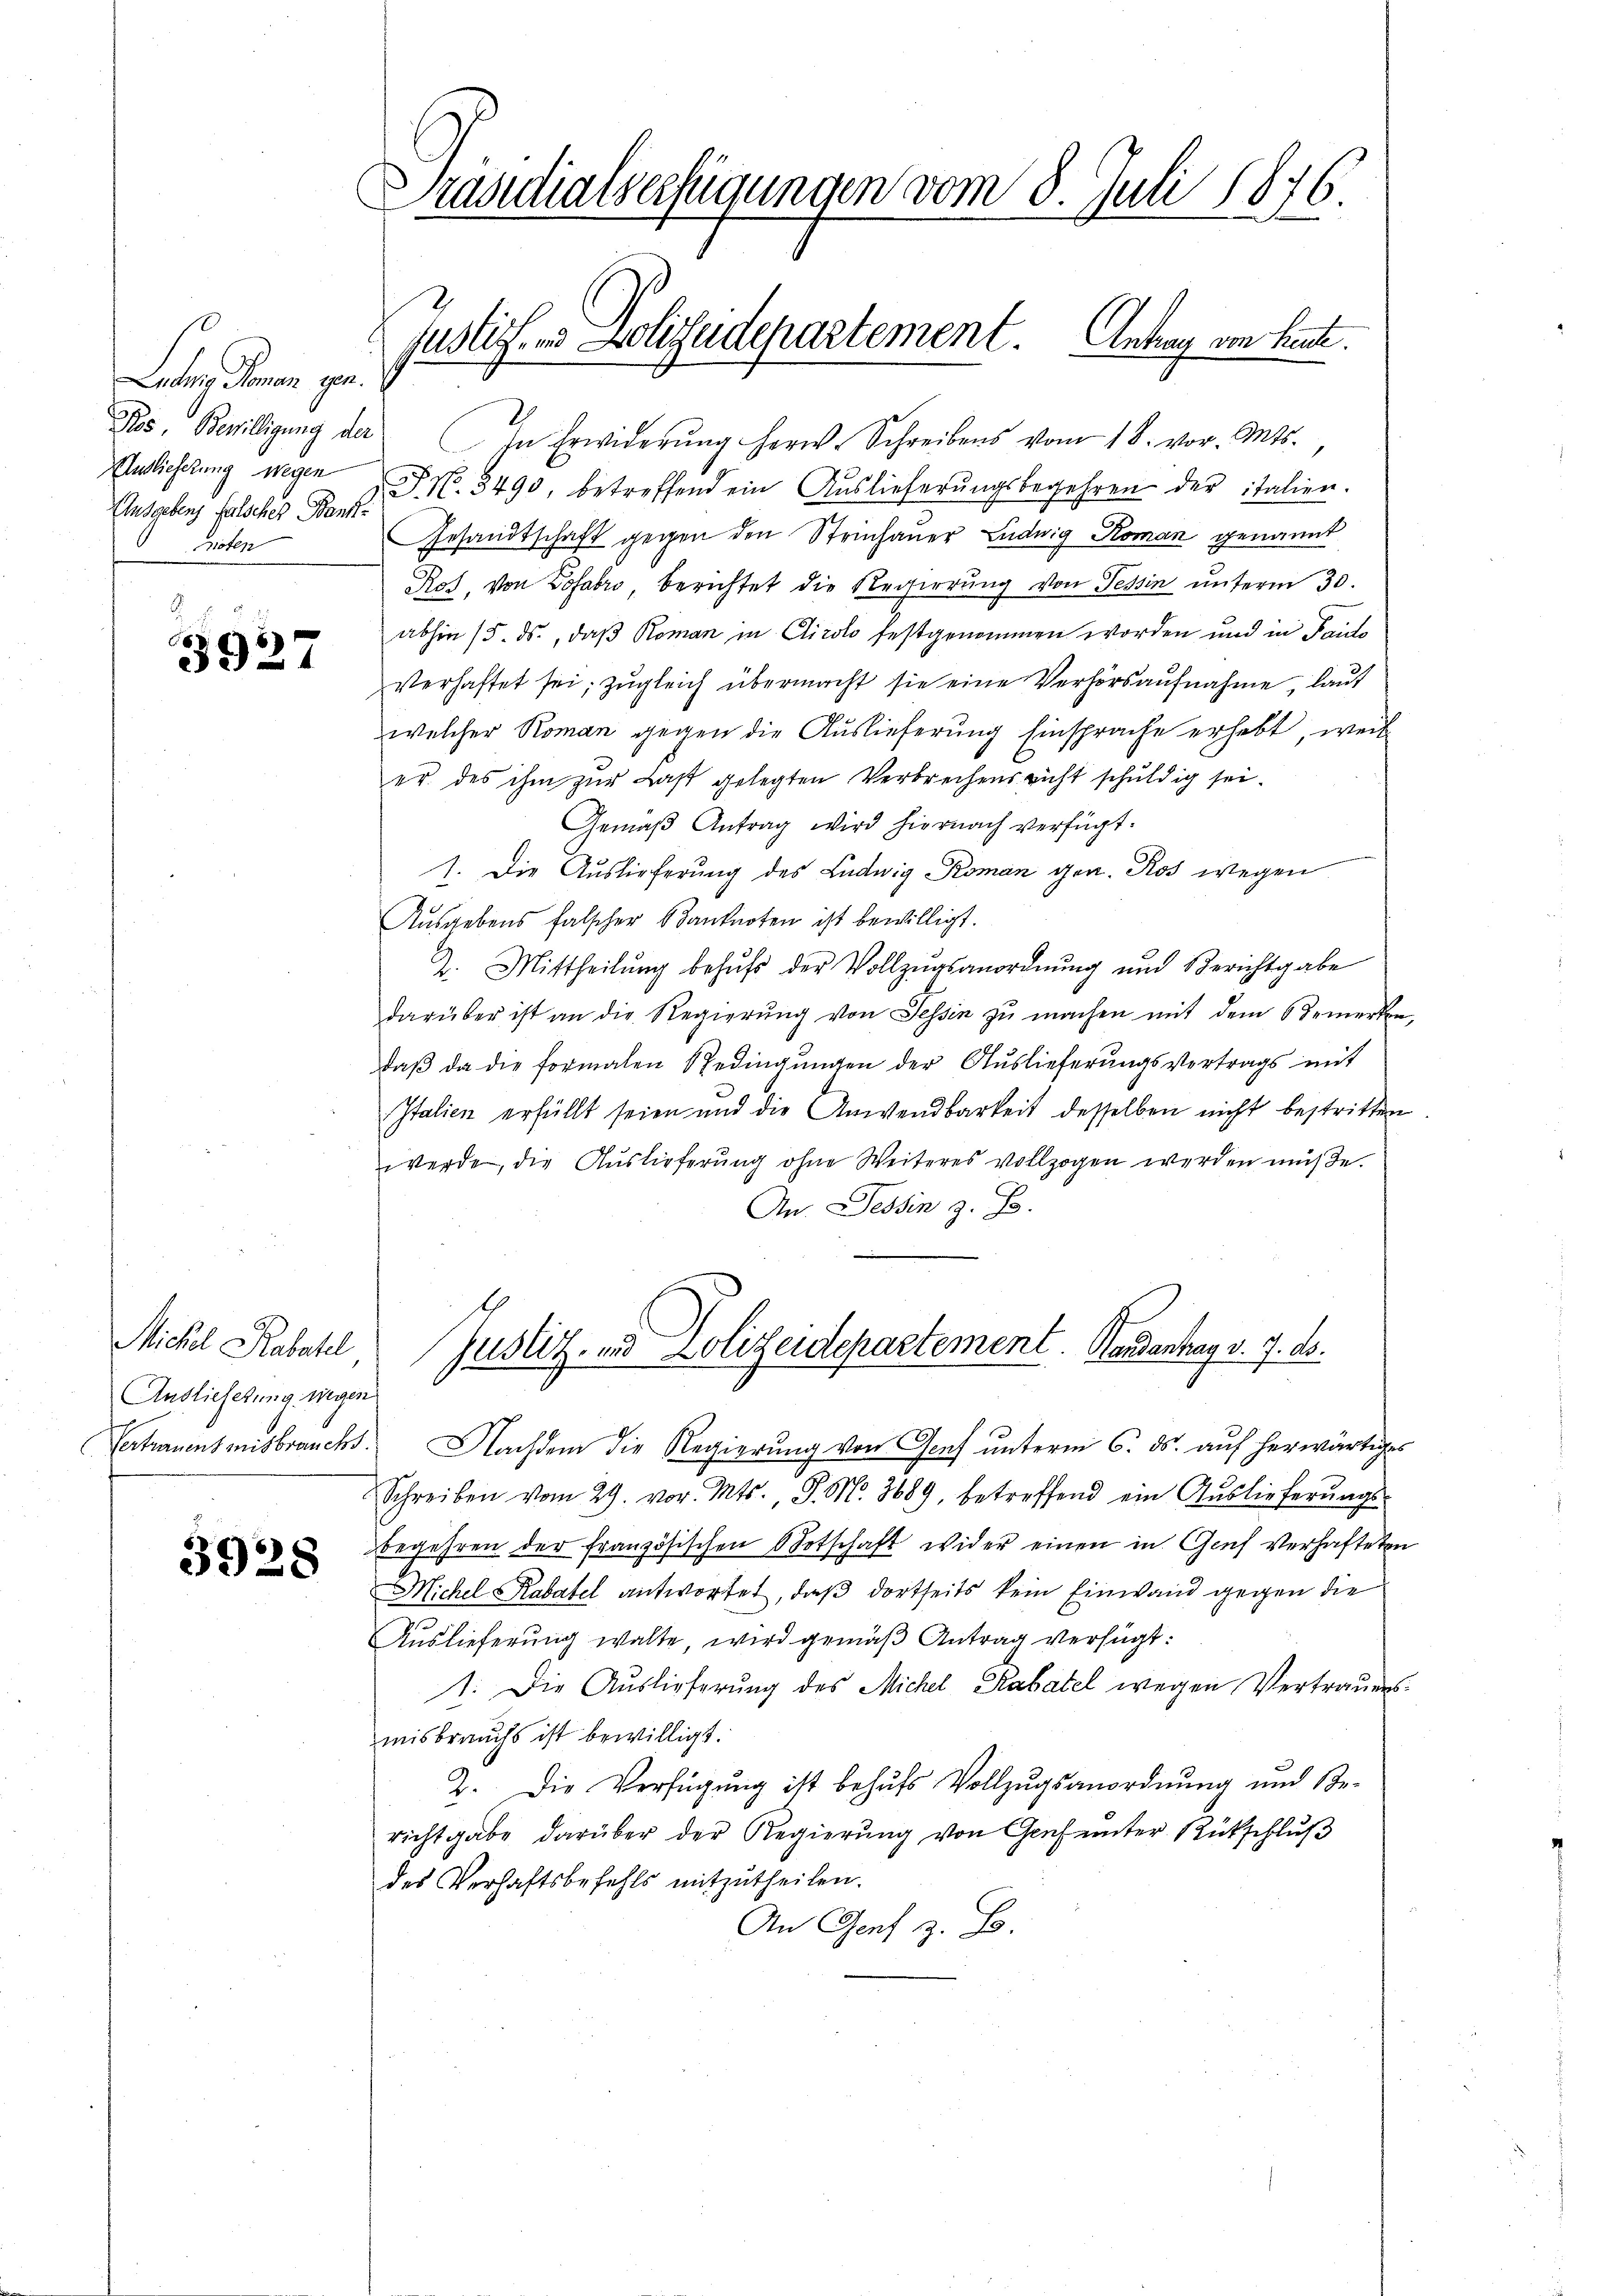
Ludwig Roman gen.
Ausgebens falsches Bank
Boten

5927

Michel Rabatel
Auslieferung wegen

3928

Präsidialverfügungen vom 8. Juli 1876.
justiz- und Polizeidepartement. Antrag von heute.

Ros, Bewilligung der In Erwiderung herw. Schreibens vom 18. vor. Mts.
Antlicherŭng wegen J. N. 3490, betreffend ein Auslieferŭngsbegehren der italien.
Gesandtschaft gegen den Steinhauer Ludwig Koman genannt
Ros, von Zofabro, berichtet die Regierung von Tessin unterm 30.
abhin 15. ds., daß Roman in Clirolo festgenommen worden und in Pauls
verhaftet sei; zŭgleich übermacht sie eine Verhörsaŭfnahme, laut
welcher Roman gegen die Auslieferung Einsprache erhebt, weil
er des ihm zur Last gelegten Verbrechensricht schuldig sei.
Gemäβ Antrag wird hiernach verfügt:
1. Die Auslieferung des Ludwig Roman gen. Ros wegen
Ausgebens falscher Banknoten ist bewilligt.
2. Mittheilŭng behŭfs der Vollzŭgsanordnung und Berichtgabe
darüber ist an die Regierŭng von Tessin zŭ machen mit dem Bemerken
daβ da die formalen Bedingŭngen der Auslieferungsvertrags mit
Italien erfüllt seien und die Anwendbarkeit desselben nicht bestritten.
werde, die Auslieferung ohne Weiteres vollzogen werden müße.
An Tessin z. B.
Justitz- und Lolizeidepartement. Handertrag v. 7. ds.
Vertrauensmisbrauchs. Nachdem die Regierung von Genf unterm 6. ds. auf herwärtiges
Schreiben vom 29. vor. Mts., S. M. 3689, betreffend ein Aŭslieferŭngs-
begehren der französischen Botschaft wider einen in Genf verhafteten
Michel Rabatel antwortet, daß dortseits kein Einwand gegen die
Auslieferung walte, wird gemäß Antrag verfügt:
1. Die Auslieferung des Michel Rabatel wegen Vertrauensmisbrauchs ist bewilligt.
2. Die Verfügung ist behufs Vollzugsanordnung und Bericht gabe darüber der Regierŭng von Genf ŭnter Rückschlŭβ
des Verhaftsbefehls mitzutheilen.
An Genf z. B.